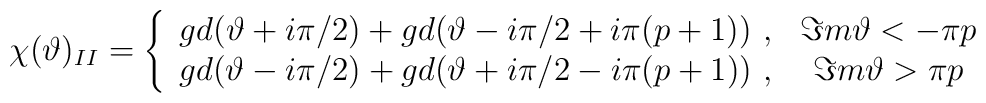
\chi (\vartheta )_{II}=\left\{ \begin{array}{cc}gd(\vartheta +i\pi /2)+gd(\vartheta -i\pi /2+i\pi (p+1))\, \, , & \Im m\vartheta <-\pi p\\gd(\vartheta -i\pi /2)+gd(\vartheta +i\pi /2-i\pi (p+1))\, \, , & \Im m\vartheta >\pi p\end{array}\right.